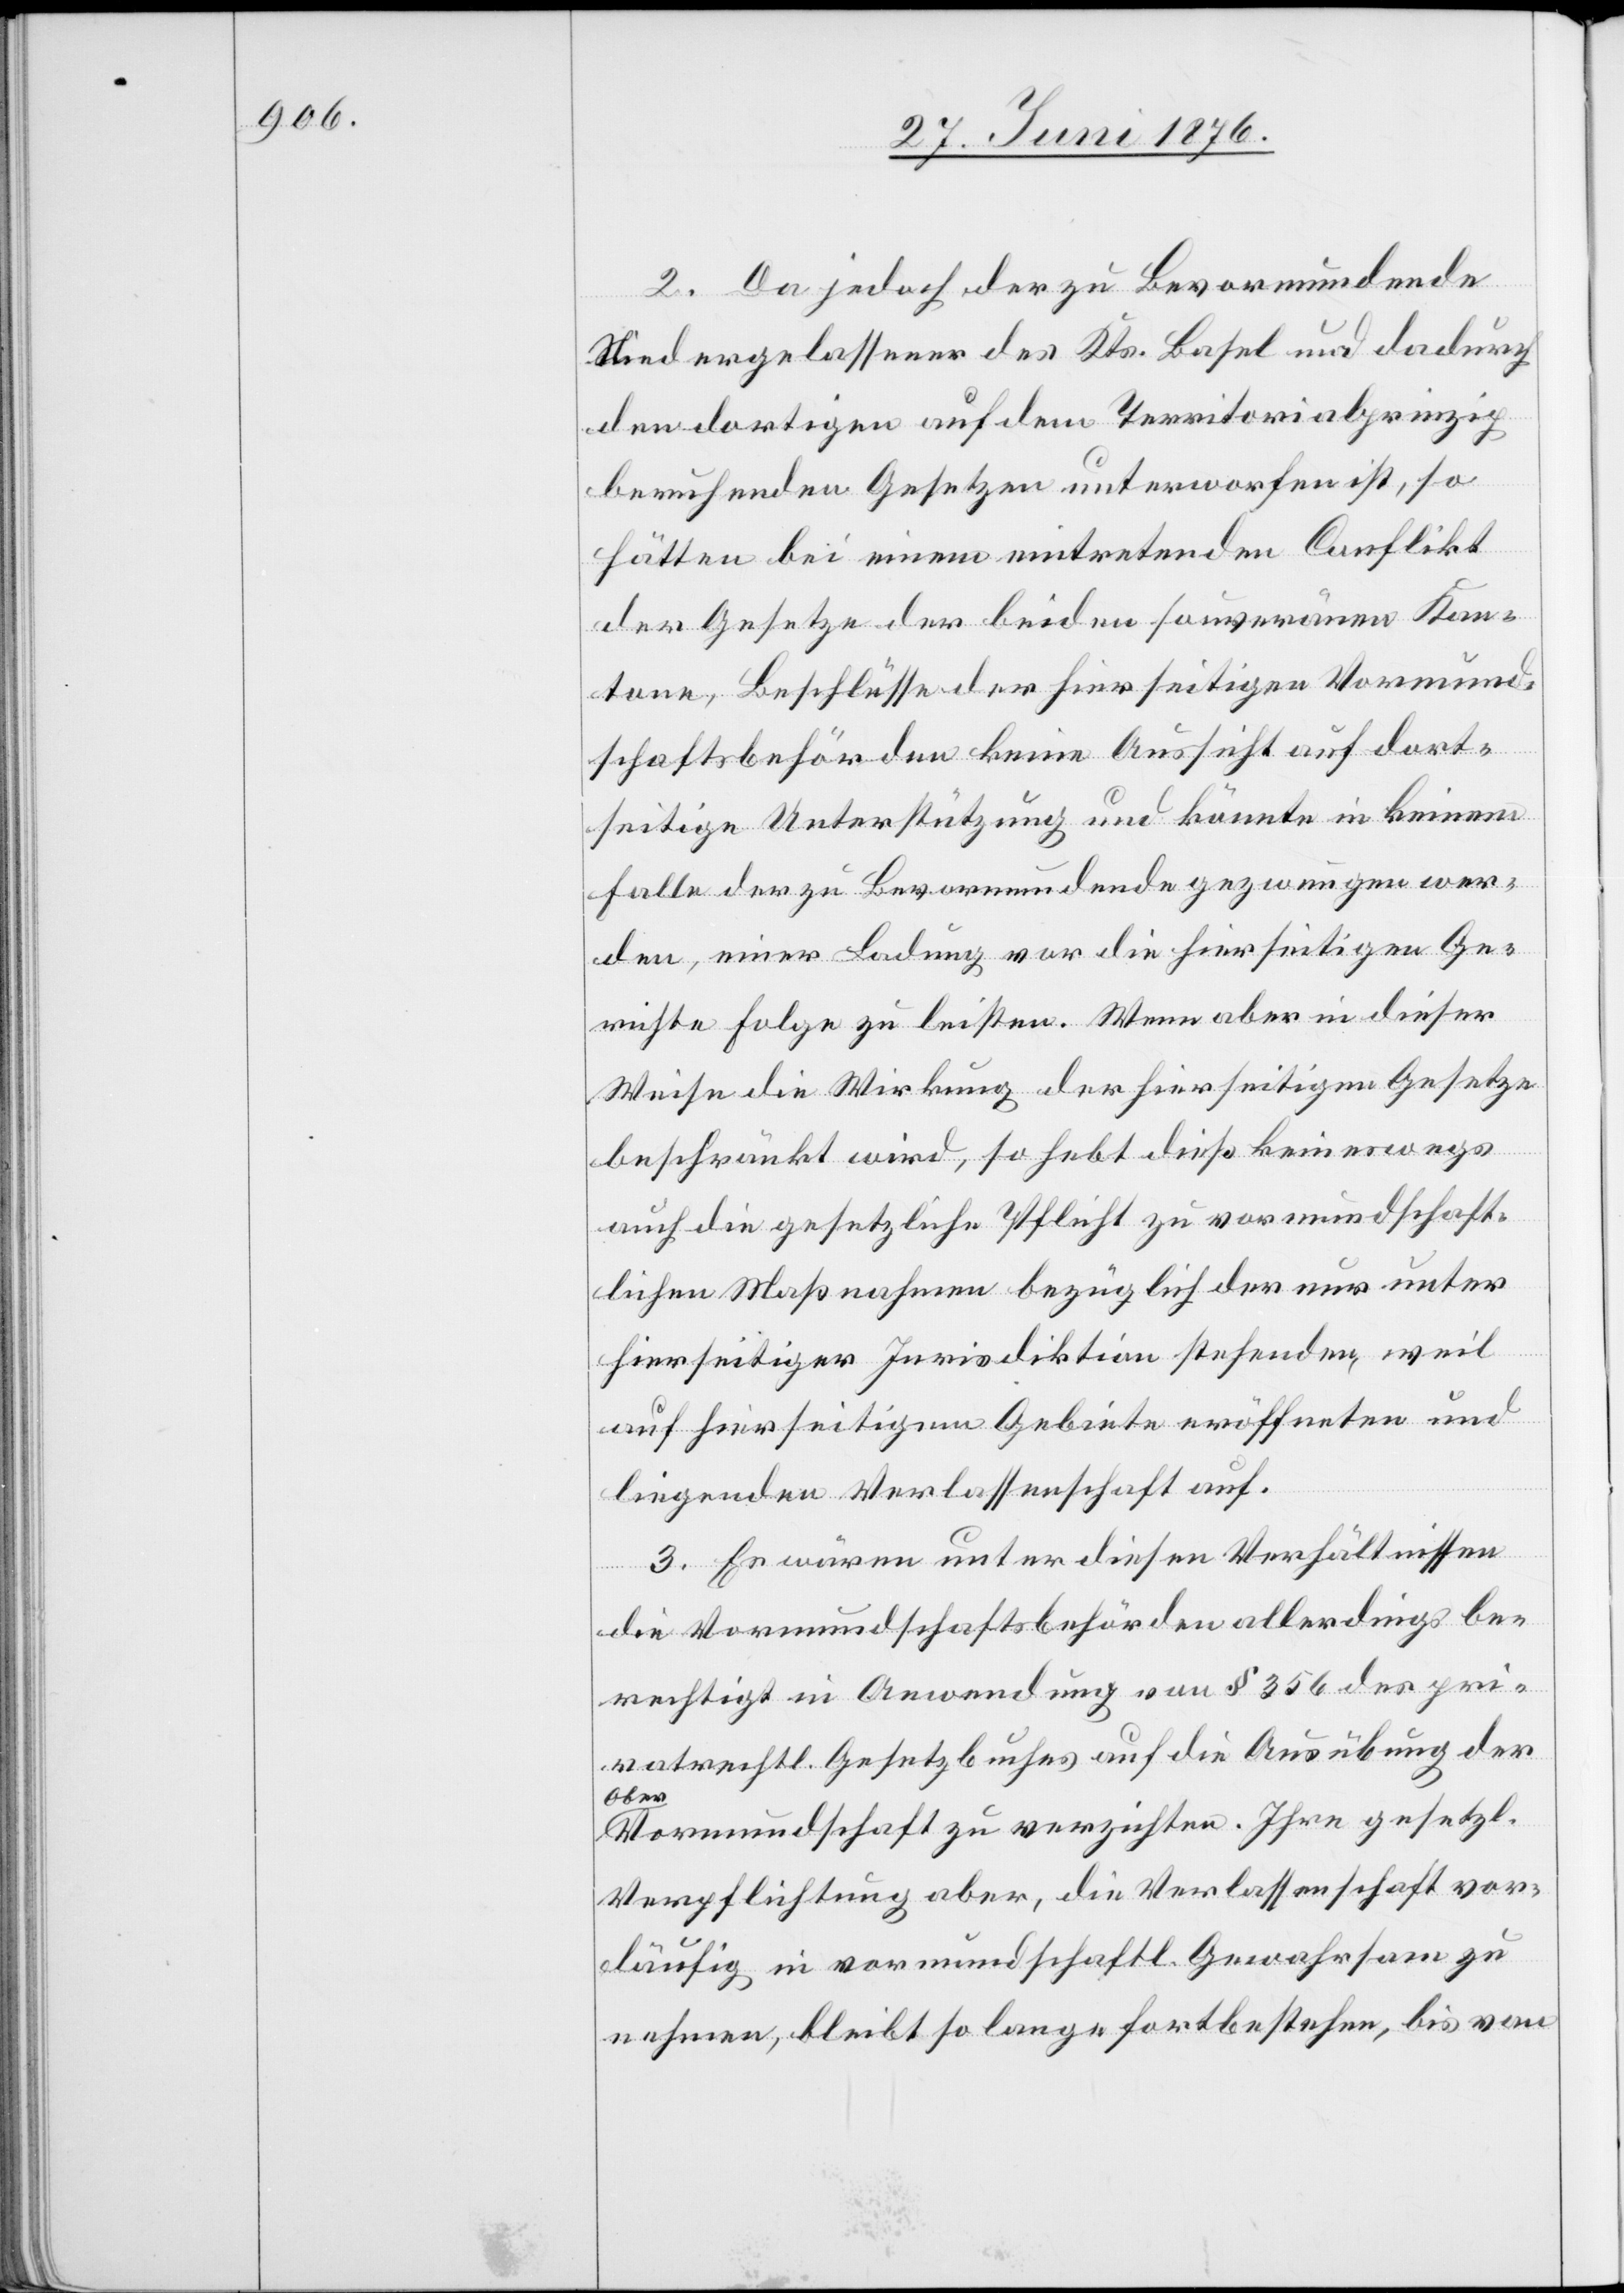
2. Da jedoch der zu Bevormundende
Niedergelassener des Kts. Basel und dadurch
den dortigen auf dem Territorialprinzip
beruhenden Gesetzen unterworfen ist, so
hätten bei einem eintretenden Conflikt
der Gesetze der beiden souveränen Kan¬
tone, Beschlüsse der hierseitigen Vormund¬
schaftsbehörden keine Aussicht auf dort¬
seitige Unterstützung und könnte in keinem
Falle der zu Bevormundende gezwungen wer¬
den, einer Ladung vor die hierseitigen Ge¬
richte Folge zu leisten. Wenn aber in dieser
Weise die Wirkung der hierseitigen Gesetze
beschränkt wird, so hebt dieß keineswegs
auch die gesetzliche Pflicht zu vormundschaft¬
lichen Maßnahmen bezüglich der nur unter
hierseitiger Iurisdiktion stehenden, weil
auf hierseitigem Gebiete eröffneten und
liegenden Verlassenschaft auf.
3. Es wären unter diesen Verhältnissen
die Vormundschaftsbehörden allerdings be¬
rechtigt in Anwendung von § 356 des pri¬
vatrechtl. Gesetzbuches auf die Ausübung der
Ober
aVormundschaft zu verzichten. Ihre gesetzl.
Verpflichtung aber, die Verlassenschaft vor¬
läufig in vormundschaftl. Gewahrsam zu
nehmen, bleibt so lange fortbestehen, bis von